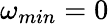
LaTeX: \omega_{min}=0